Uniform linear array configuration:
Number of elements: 64
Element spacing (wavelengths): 0.75
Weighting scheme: hamming
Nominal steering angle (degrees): -60
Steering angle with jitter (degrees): -61.87
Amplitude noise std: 0.05
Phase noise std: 0.05

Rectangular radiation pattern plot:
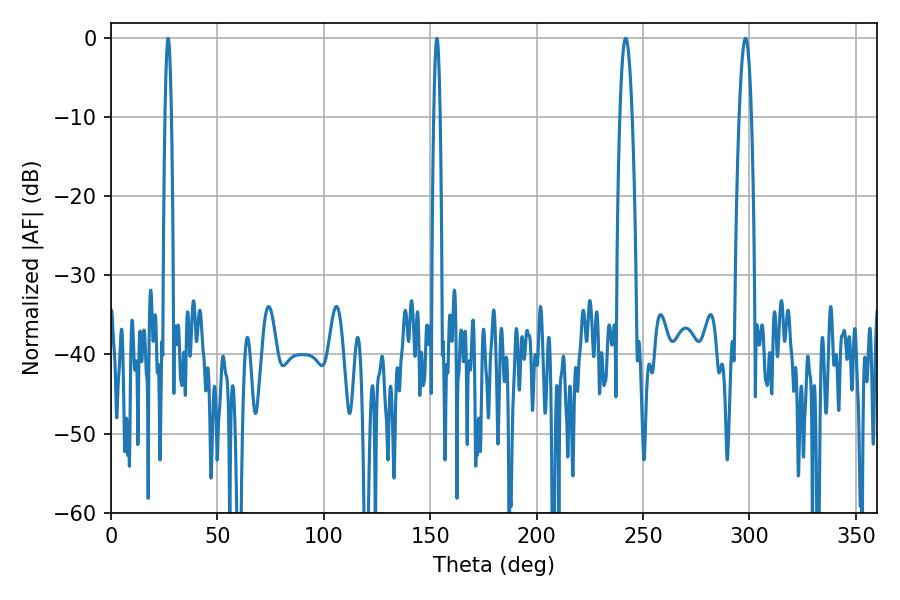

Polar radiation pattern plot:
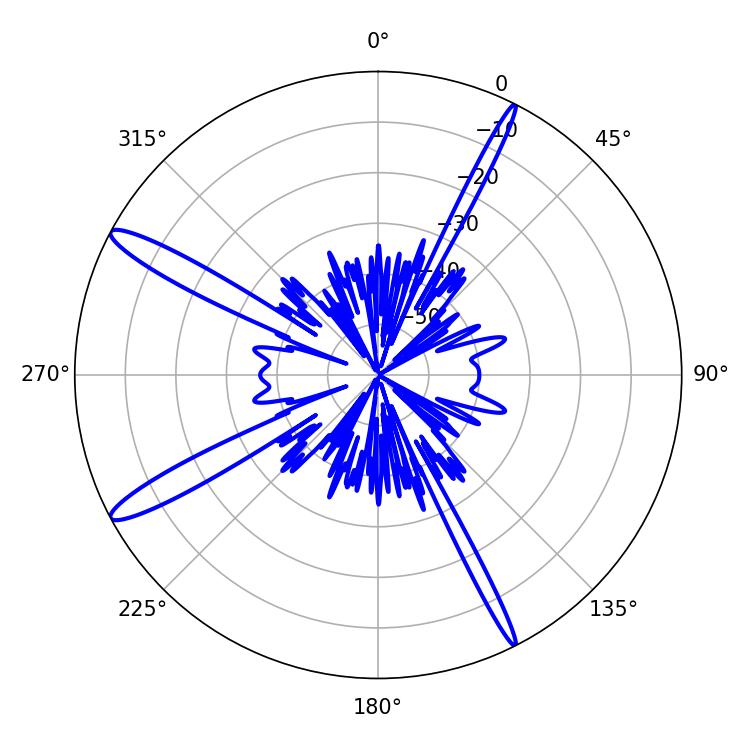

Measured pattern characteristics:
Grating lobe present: TRUE
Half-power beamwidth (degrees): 1.62
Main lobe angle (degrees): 26.82